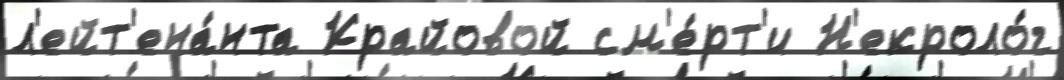
л'ейт'ена́нта Крайовой см'е́рт'и Н'екроло́г